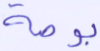
بوصة